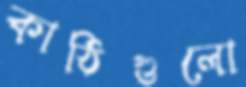
কাঠিগুলো